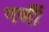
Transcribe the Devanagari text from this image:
गणीं